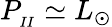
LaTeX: P_{_{II}}\simeq L_{\odot}